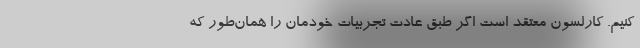
کنیم. کارلسون معتقد است اگر طبق عادت تجربیات خودمان را همان‌طور که